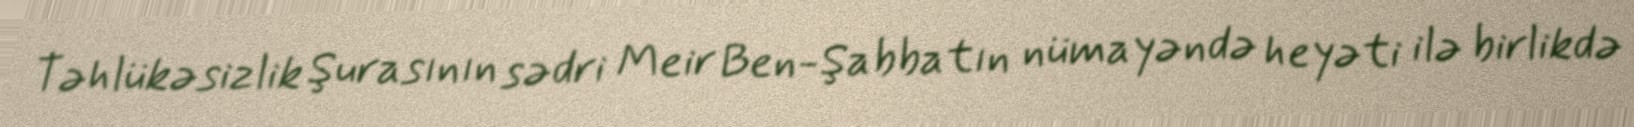
Təhlükəsizlik Şurasının sədri Meir Ben-Şabbatın nümayəndə heyəti ilə birlikdə